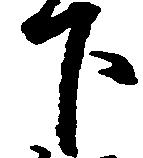
下